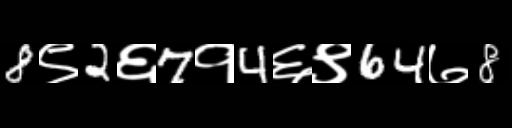
Text: 8९2६7१4६९64७8